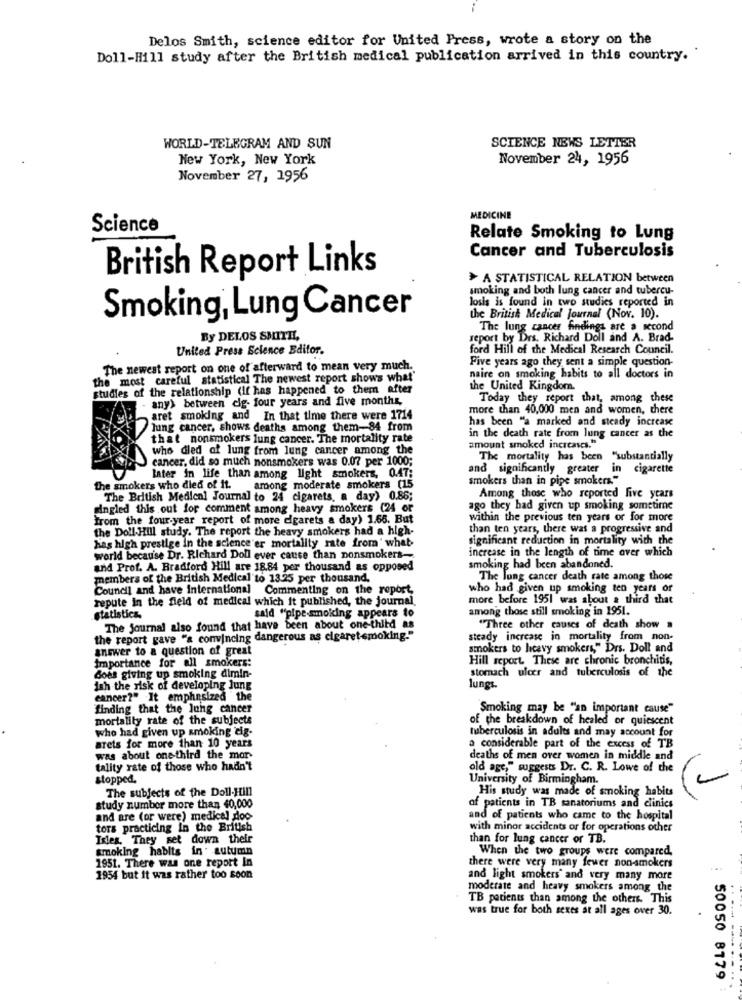
Delos Smith, science editor for United Press, wrote a story on the
Doll-Hill study after the British medical publication arrived in this country.
SCIENCE NEWS LETTER
WORLD-TELEGRAM AND SUN
New York, New York
November 24, 1956
November 27, 1956
MEDICINE
Science
Relate Smoking to Lung
Cancer and Tuberculosis
British Report Links
> A STATISTICAL RELATION between
smoking and both lung cancer and tubercu-
losis is found in two studies reported in
Smoking, Lung Cancer
the British Medical Journal (Nov. 10).
The lung cancer findings are a second
By DELOS SMITHL,
report by Drs. Richard Doll and A. Brad-
United Press Science Editor.
ford Hill of the Medical Research Council.
Five years ago they sent a simple question-
The newest report on one of afterward to mean very much.
the most careful statistical The newest report shows what'
naire on smoking habits to all doctors in
studies of the relationship (if has happened to them after
the United Kingdom.
any> between clg- four years and five months,
Today they report that, among these
more than 40,000 men and women, there
aret smoking and In that time there were 1714
has been "a marked and steady increase
lung cancer, shows deaths among them-84 from
that nonsmokers lung cancer. The mortality rate
in the death rate from lung cancer as the
who died of lung from lung cancer among the
amount smoked increases."
cancer, did so much nonsmokers was 0.07 per 1000;
The mortality has been "substantially
and significantly greater in cigarette
later in life than among light smokers, 0.47;
smokers than in pipe smokers."
the smokers who died of It. among moderate smokers (15
The British Medical Journal to 24 cigarets, a day) 0.86;
Among those who reported five years
singled this out for comment among heavy smokers (24 or
ago they had given up smoking sometime
from the four-year report of more cigarets a day) 1.66. But
within the previous ten years or for more
the Doll-Hill study. The report the heavy smokers had a high-
than ten years, there was a progressive and
significant reduction in mortality with the
has high prestige in the science'er mortality rate from' what
increase in the length of time over which
world because Dr. Richard Doll ever cause than nonsmokers-
and Prof. A. Bradford Hill are 18.84 per thousand as opposed
smoking had been abandoned.
members of the British Medical to 13.25 per thousand.
The lung cancer death rate among those
Council and have International Commenting on the report,
who had given up smoking ten years of
repute in the field of medical which it published, the journal.
more before 1951 was about a third that
among those still smoking in 1951.
statistics.
said "pipe-smoking appears to
The journal also found that have been about one-third as
"Three other causes of death show »
the report gave "a convincing dangerous as cigaretsmoking."
steady increase in mortality from non-
answer to a question of great
smokers to heavy smokers," Drs. Doll and
importance for all smokers:
Hill report. These are chronic bronchitis,
stomach ulcer and tuberculosis of the
does giving up smoking dimin-
ish the risk of developing Jung
lungs
cancer?" It emphasized the
finding that the lung cancer
Smoking may be "an important cause"
mortality rate of the subjects
of the breakdown of healed or quiescent
who had given up smoking cig-
tuberculosis in adults and may account for
arets for more than 10 years
a considerable part of the excess of TB
was about one-third the mor-
deaths of men over women in middle and
tality rate of those who hadn't
old age," suggests Dr. C. R. Lowe of the
stopped.
University of Birmingham.
The subjects of the Doll-Hill
His study was made of smoking habits
study number more than 40,000
of patients in TB sanatoriums and clinics
and are (or were) medical doo
and of patients who came to the hospital
tors practicing in the British
with minor accidents or for operations other
Inles. They set down their
than for lung cancer or TB.
Smoking habits in' autumin
When the two groups were compared,
1951. There was one report In
there were very many fewer non-smokers
1954 but it was rather too soon
and light smokers" and very many more
moderate and heavy smokers among the
TB patients than among the others. This
was true for both sexes at all ages over 30.
50050 8179